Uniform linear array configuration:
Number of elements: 16
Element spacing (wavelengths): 0.25
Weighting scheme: uniform
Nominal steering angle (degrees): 30
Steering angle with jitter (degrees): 28.723
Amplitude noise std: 0.05
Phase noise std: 0.05

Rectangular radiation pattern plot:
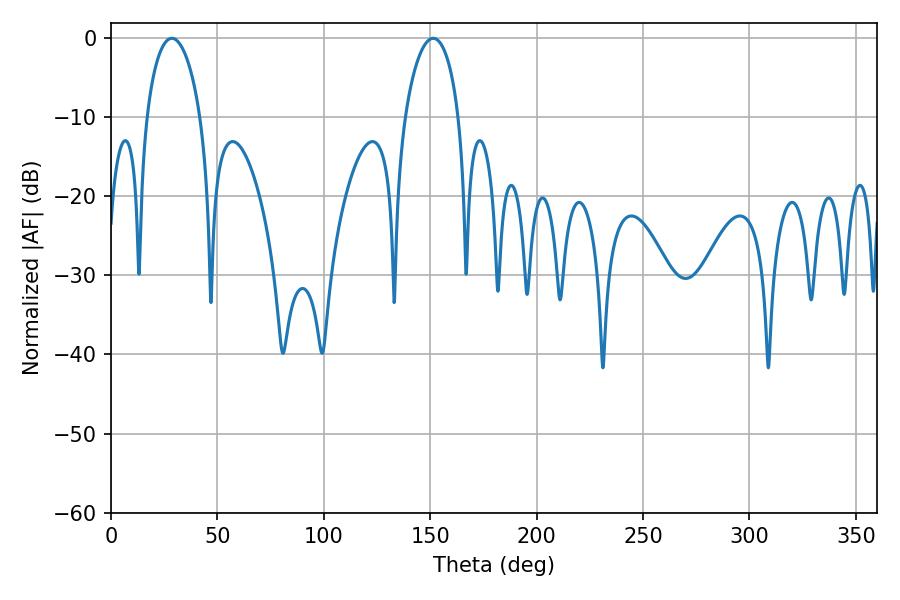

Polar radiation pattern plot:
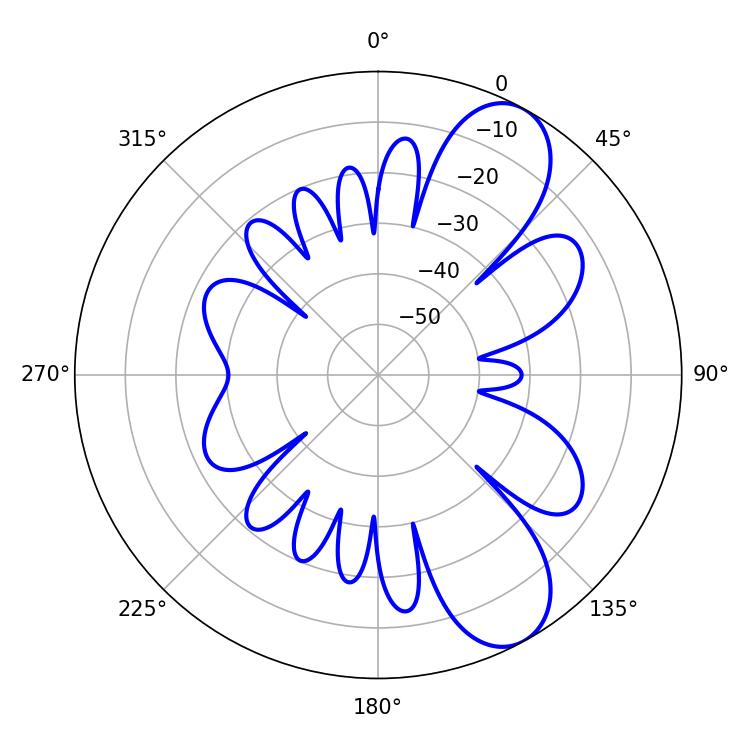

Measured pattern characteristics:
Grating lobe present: FALSE
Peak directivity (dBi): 8.716
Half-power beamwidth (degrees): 14.58
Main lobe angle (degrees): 28.62